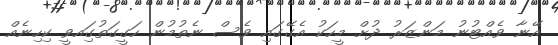
އޭނާ ވެއްޓުނު މަންޒަރު ދުށް މީހަކު އެގޭގައި ވެސް ނެތުމުން ހަގީގަތުގަިއވީ ކިހިނެއް